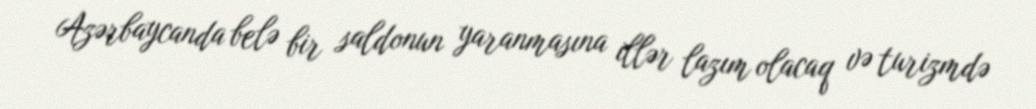
Azərbaycanda belə bir saldonun yaranmasına illər lazım olacaq və turizmdə